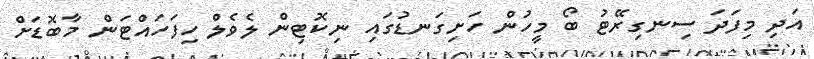
އަދި މިފަދަ ސިނގިރޭޓު ބޯ މީހުން ހަށިގަނޑުގައި ނިކޮޓިން ލެވެލް ހިފަހައްޓަން މާބޮޑަށް